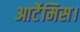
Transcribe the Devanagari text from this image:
आर्टेमिस।